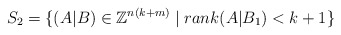
\begin{align*} S_2 = \{ (A|B) \in \mathbb{Z}^{n(k+m)} \mid rank(A|B_1)<k+1 \}\end{align*}